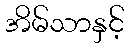
အိမ်သာနှင့်